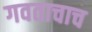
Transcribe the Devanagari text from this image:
गवताचाच